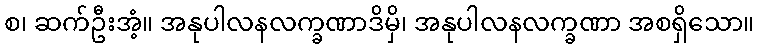
စ၊ ဆက်ဦးအံ့။ အနုပါလနလက္ခဏာဒိမှိ၊ အနုပါလနလက္ခဏာ အစရှိသော။